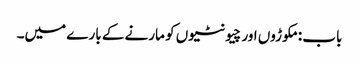
باب : مکوڑوں اور چیونٹیوں کو مارنے کے بارے میں۔